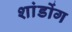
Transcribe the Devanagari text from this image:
शांडोंग